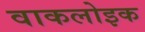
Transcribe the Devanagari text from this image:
वाकलोइक